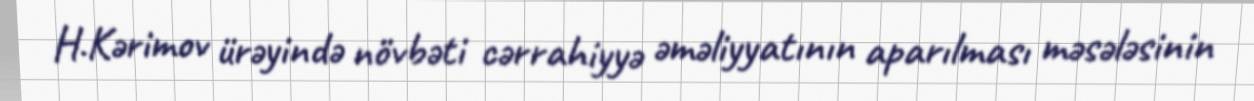
H.Kərimov ürəyində növbəti cərrahiyyə əməliyyatının aparılması məsələsinin